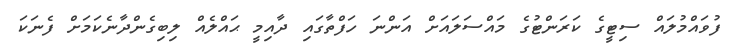
ފުވައްމުލައް ސިޓީގެ ކަރަންޓުގެ މައްސަލައަށް އަންނަ ހަފްތާގައި ދާއިމީ ޙައްލެއް ލިބިގެންދާނެކަމަށް ފެނަކަ